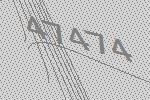
47474